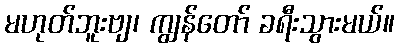
မဟုတ်ဘူးဗျ၊ ကျွန်တော် ခရီးသွားမယ်။